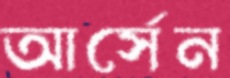
আর্সেন